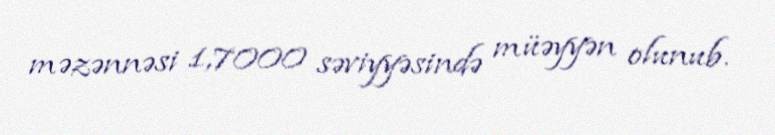
məzənnəsi 1,7000 səviyyəsində müəyyən olunub.